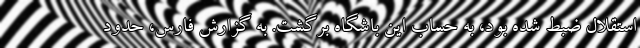
استقلال ضبط شده بود، به حساب این باشگاه برگشت. به گزارش فارس، حدود